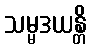
သမ္မဒယန္တိ